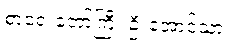
စာရေးတော်ကြီး ဦးအောင်သာ